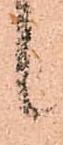
候